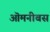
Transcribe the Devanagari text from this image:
ऒमनीबस